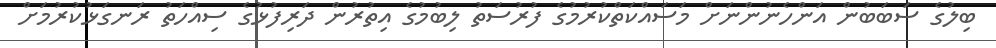
ބިލުގެ ސަބަބުން އަންހެނުންނަށް މަސައްކަތްކުރުމުގެ ފުރުސަތު ލިބުމުގެ އިތުރުން ދަރިފުޅުގެ ސިއްހަތު ރަނގަޅުކުރުމަށް